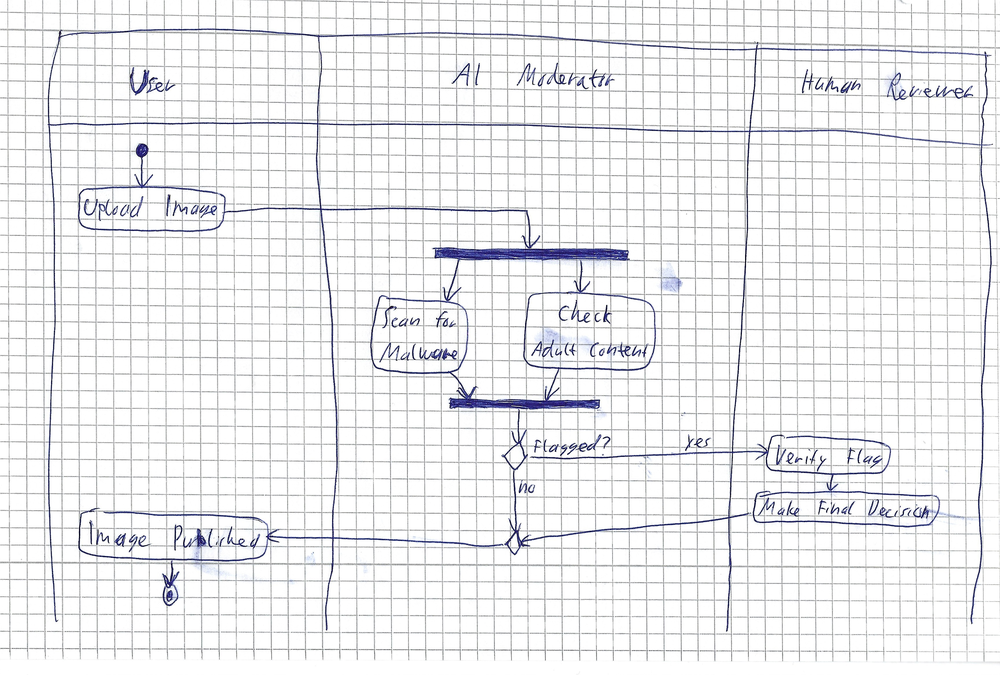
Diagram type: activity_diagram
```plantuml
@startuml

|User|
start
:Upload Image;
|AI Moderator|
fork
  :Scan for Malware;
fork again
  :Check Adult Content;
end fork
if (Flagged?) then (yes)
  |Human Reviewer|
  :Verify Flag;
  :Make Final Decision;
else (no)
endif
|User|
:Image Published;
stop

@enduml
```